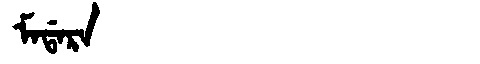
Manchu: ᠮᠠᡩᠠᡵᠠ
Romanization: MADARA